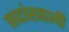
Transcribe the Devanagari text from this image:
ताटांखाली